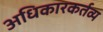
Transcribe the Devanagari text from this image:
अधिकारकर्तव्य